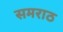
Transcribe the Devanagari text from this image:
समराठ